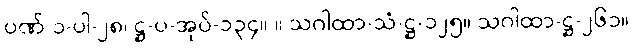
ပဏ် ၁-ပါ-၂၈၊ ဋ္ဌ-ပ-အုပ်-၁၃၄။ ။ သဂါထာ-သံ-ဋ္ဌ-၁၂၅။ သဂါထာ-ဋ္ဌ-၂၆၁။